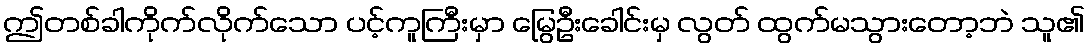
ဤတစ်ခါကိုက်လိုက်သော ပင့်ကူကြီးမှာ မြွေဦးခေါင်းမှ လွတ် ထွက်မသွားတော့ဘဲ သူ၏